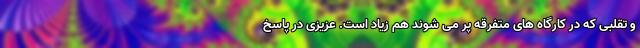
و تقلبی که در کارگاه های متفرقه پر می شوند هم زیاد است. عزیزی در پاسخ